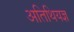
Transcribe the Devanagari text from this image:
अतिथियज्ञ